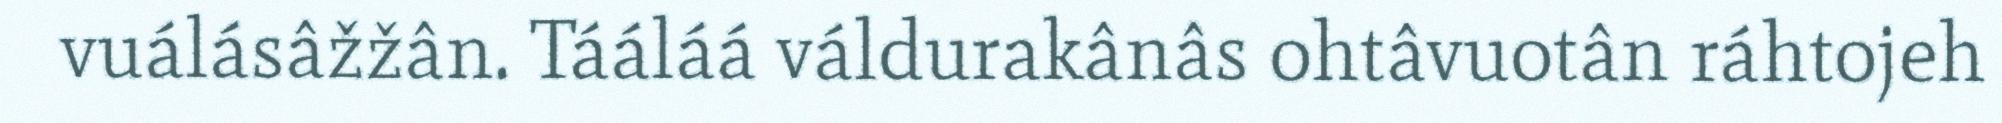
vuálásâžžân. Tááláá váldurakânâs ohtâvuotân ráhtojeh